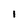
Character: 1